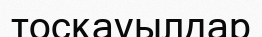
тосқауылдар